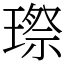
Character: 㻮